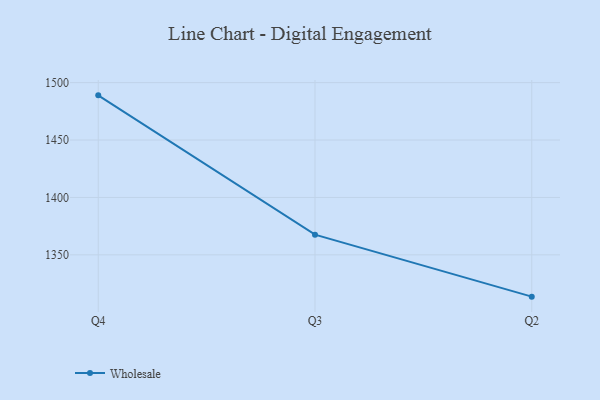
{"axis": {"x": "Quarter", "y": "Net Income (USD K)"}, "legend": ["Wholesale"], "data": [{"x": "Q4", "y": 1488.9, "type": "Wholesale"}, {"x": "Q3", "y": 1367.6, "type": "Wholesale"}, {"x": "Q2", "y": 1313.6, "type": "Wholesale"}]}